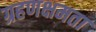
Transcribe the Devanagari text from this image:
ग्रहणक्षमता